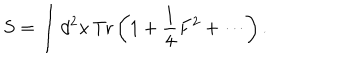
S = \int d ^ { 2 } x \, \mathrm { T r } \left( 1 + \frac { 1 } { 4 } F ^ { 2 } + \cdots \right) .